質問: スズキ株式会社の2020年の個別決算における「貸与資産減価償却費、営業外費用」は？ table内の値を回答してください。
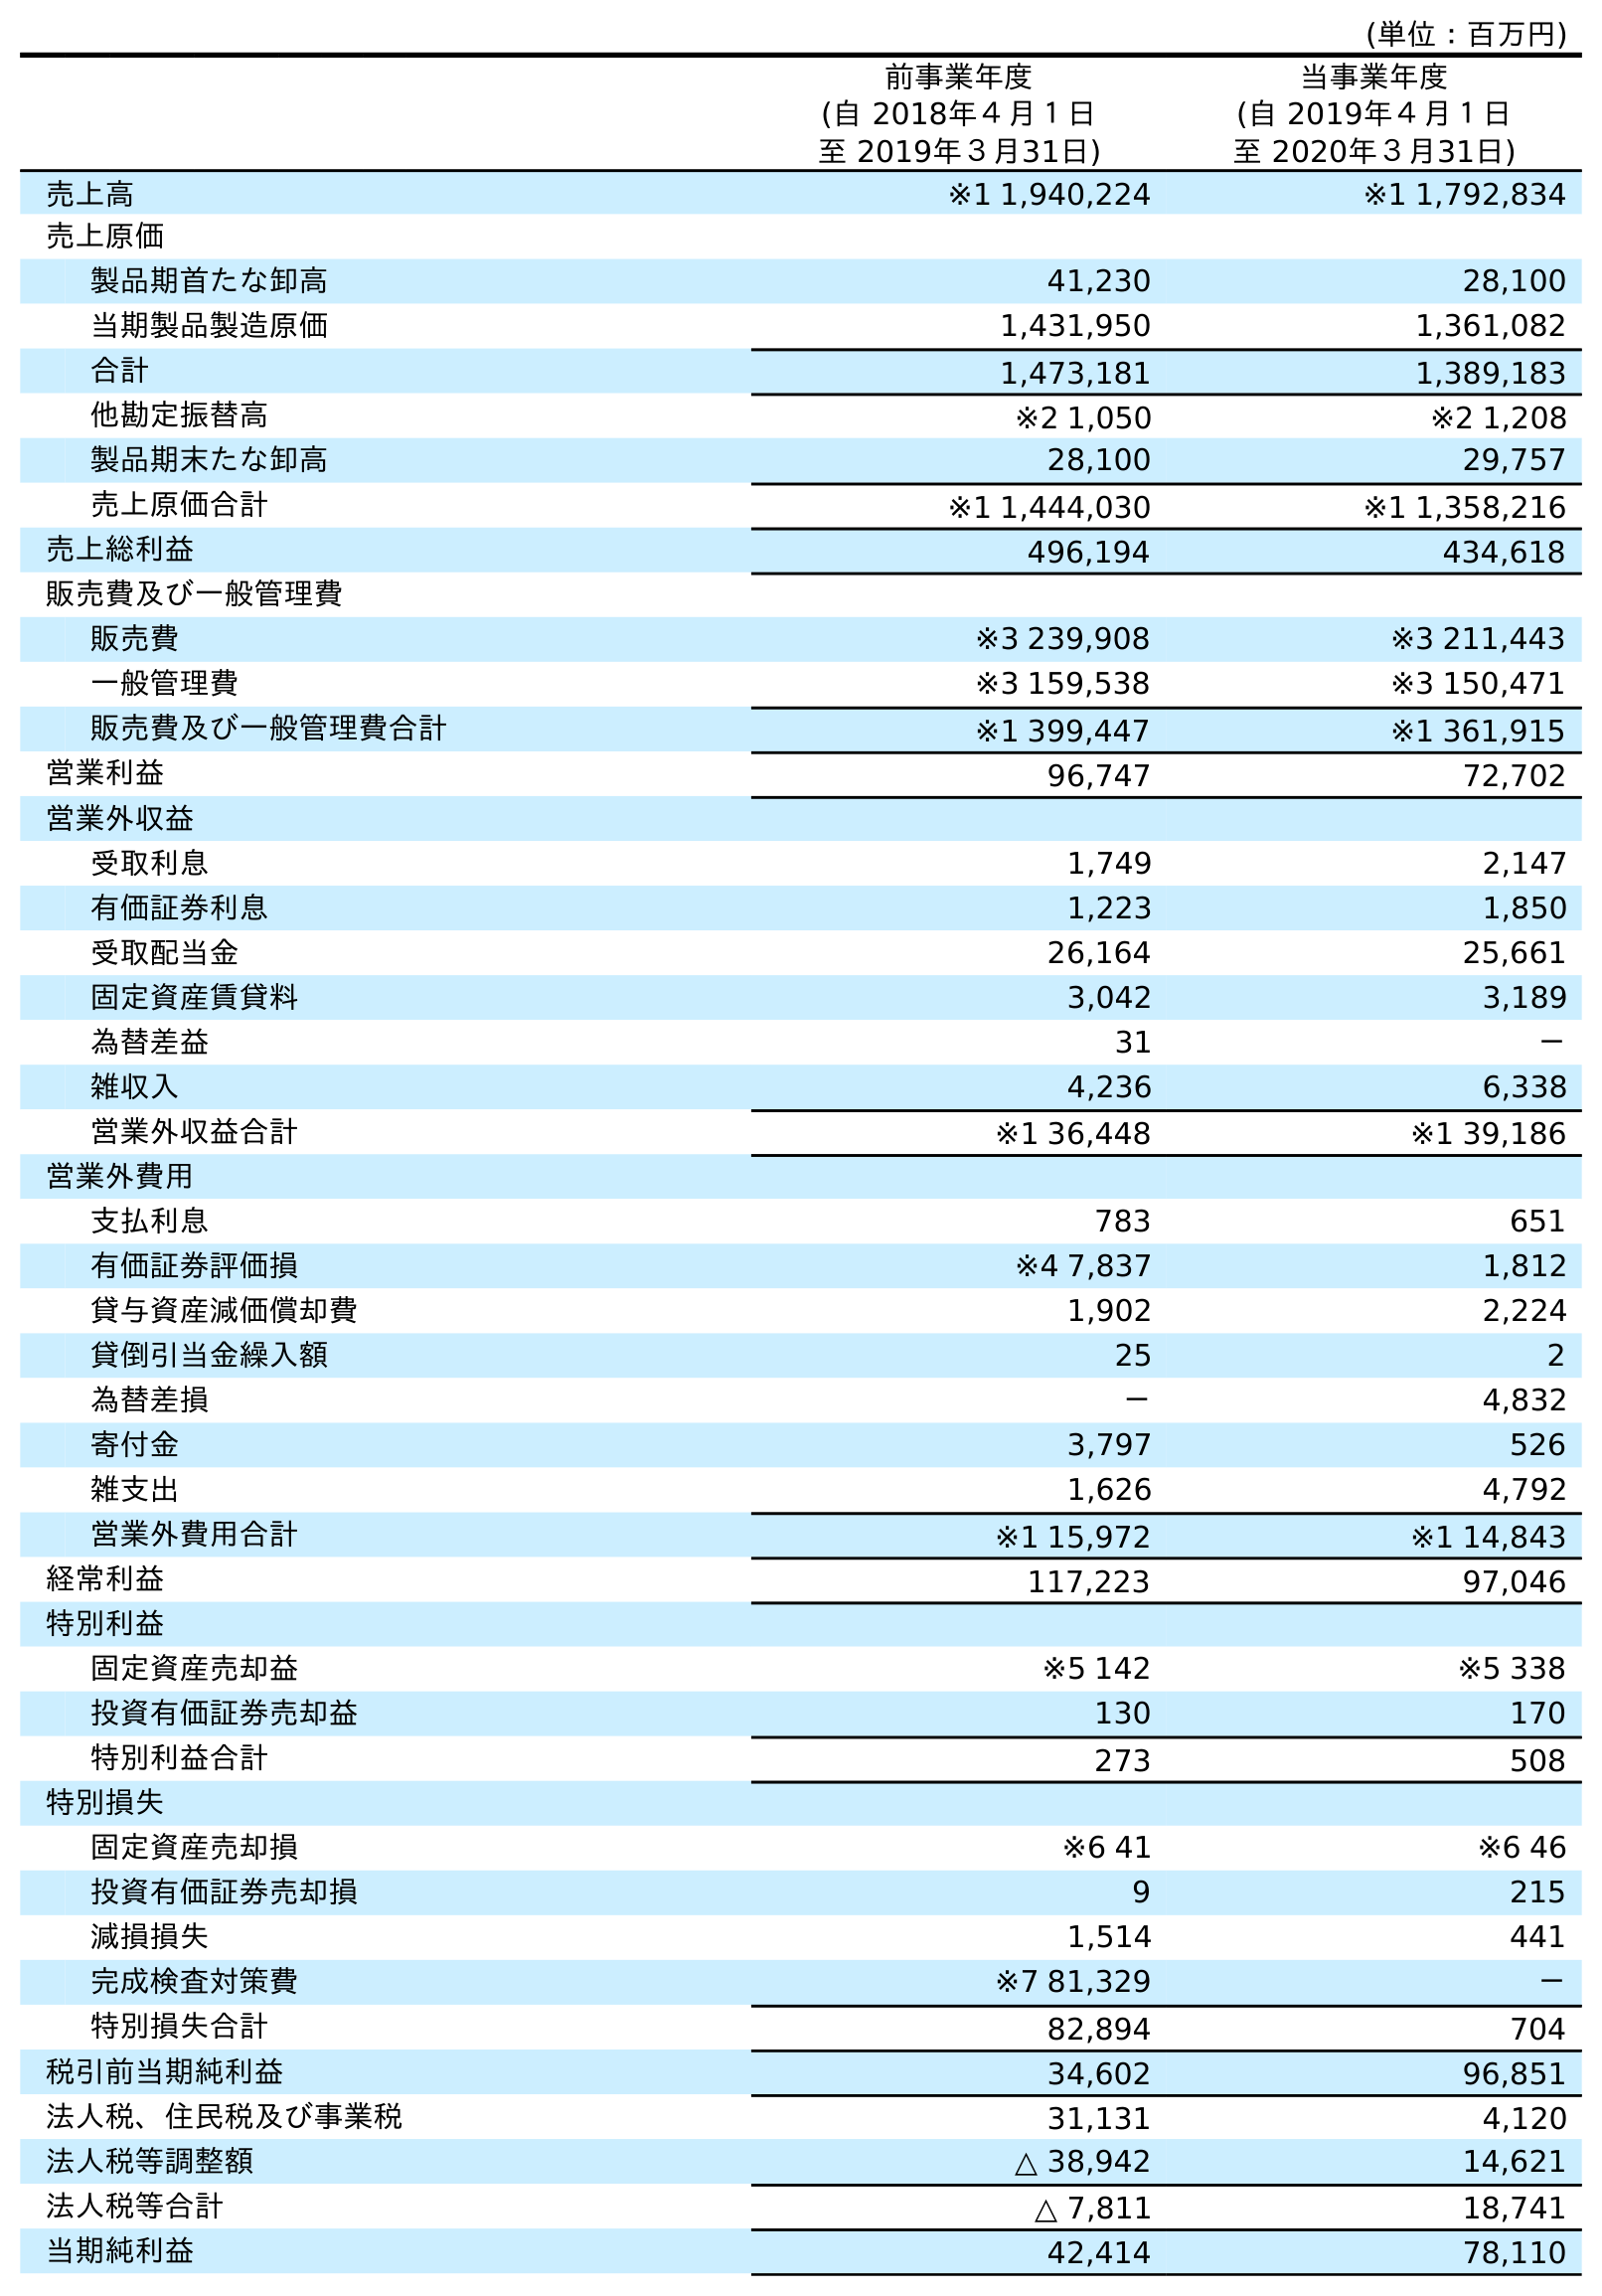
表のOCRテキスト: (単位：百万円) 前事業年度 (自 2018年４月１日 至 2019年３月31日) 当事業年度 (自 2019年４月１日 至 2020年３月31日) 売上高 ※1 1,940,224 ※1 1,792,834 売上原価 製品期首たな卸高 41,230 28,100 当期製品製造原価 1,431,950 1,361,082 合計 1,473,181 1,389,183 他勘定振替高 ※2 1,050 ※2 1,208 製品期末たな卸高 28,100 29,757 売上原価合計 ※1 1,444,030 ※1 1,358,216 売上総利益 496,194 434,618 販売費及び一般管理費 販売費 ※3 239,908 ※3 211,443 一般管理費 ※3 159,538 ※3 150,471 販売費及び一般管理費合計 ※1 399,447 ※1 361,915 営業利益 96,747 72,702 営業外収益 受取利息 1,749 2,147 有価証券利息 1,223 1,850 受取配当金 26,164 25,661 固定資産賃貸料 3,042 3,189 為替差益 31 － 雑収入 4,236 6,338 営業外収益合計 ※1 36,448 ※1 39,186 営業外費用 支払利息 783 651 有価証券評価損 ※4 7,837 1,812 貸与資産減価償却費 1,902 2,224 貸倒引当金繰入額 25 2 為替差損 － 4,832 寄付金 3,797 526 雑支出 1,626 4,792 営業外費用合計 ※1 15,972 ※1 14,843 経常利益 117,223 97,046 特別利益 固定資産売却益 ※5 142 ※5 338 投資有価証券売却益 130 170 特別利益合計 273 508 特別損失 固定資産売却損 ※6 41 ※6 46 投資有価証券売却損 9 215 減損損失 1,514 441 完成検査対策費 ※7 81,329 － 特別損失合計 82,894 704 税引前当期純利益 34,602 96,851 法人税、住民税及び事業税 31,131 4,120 法人税等調整額 △ 38,942 14,621 法人税等合計 △ 7,811 18,741 当期純利益 42,414 78,110
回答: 2,224